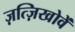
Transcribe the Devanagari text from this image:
ज़त्ज़िखोवें